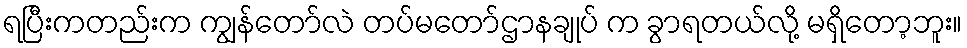
ရပြီးကတည်းက ကျွန်တော်လဲ တပ်မတော်ဌာနချုပ် က ခွာရတယ်လို့ မရှိတော့ဘူး။